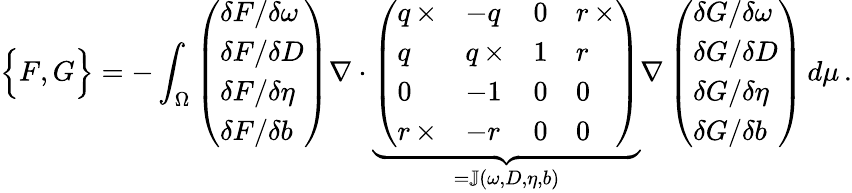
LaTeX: \Big\{ F,G\Big\} =-\int_{\Omega}\left(\begin{array}{l}{\delta F/\delta\omega}\\ {\delta F/\delta D}\\ {\delta F/\delta\eta}\\ {\delta F/\delta b}\end{array}\right)\nabla\cdot\underbrace{\left(\begin{array}{llll}{q\, \times}&{-q}&{0}&{r\, \times}\\ {q}&{q\, \times}&{1}&{r}\\ {0}&{-1}&{0}&{0}\\ {r\, \times}&{-r}&{0}&{0}\end{array}\right)}_{=\mathbb{J}(\omega,D,\eta,b)}\nabla\left(\begin{array}{l}{\delta G/\delta\omega}\\ {\delta G/\delta D}\\ {\delta G/\delta\eta}\\ {\delta G/\delta b}\end{array}\right)\, d\mu\, .